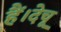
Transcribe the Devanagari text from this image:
हैं।देचू